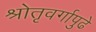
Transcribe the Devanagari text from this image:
श्रोतृवर्गापुढे